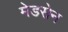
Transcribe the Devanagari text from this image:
मेडसेन